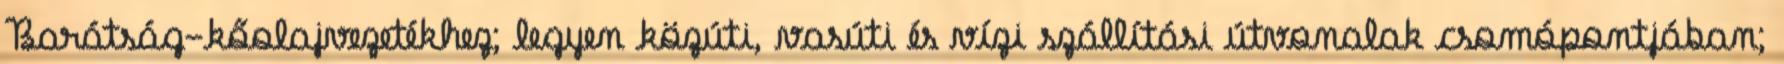
Barátság-kőolajvezetékhez; legyen közúti, vasúti és vízi szállítási útvonalak csomópontjában;